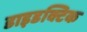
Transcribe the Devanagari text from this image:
डाइडक्टिक